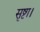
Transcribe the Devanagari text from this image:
सृष्टा।